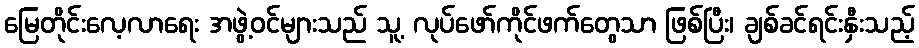
မြေတိုင်းလေ့လာရေး အဖွဲ့ဝင်များသည် သူ့ လုပ်ဖော်ကိုင်ဖက်တွေသာ ဖြစ်ပြီး၊ ချစ်ခင်ရင်းနှီးသည့်